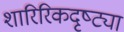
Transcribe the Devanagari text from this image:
शारिरिकदृष्ट्या